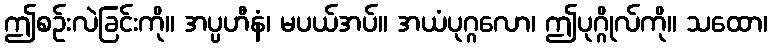
ဤစဉ်းလဲခြင်းကို။ အပ္ပဟီနံ၊ မပယ်အပ်။ အယံပုဂ္ဂလော၊ ဤပုဂ္ဂိုလ်ကို။ သထော၊